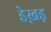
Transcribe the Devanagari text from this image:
डेख़ड़